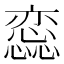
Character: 𢣫